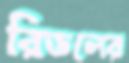
রিডলের